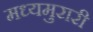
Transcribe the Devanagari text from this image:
मध्यमुरारी